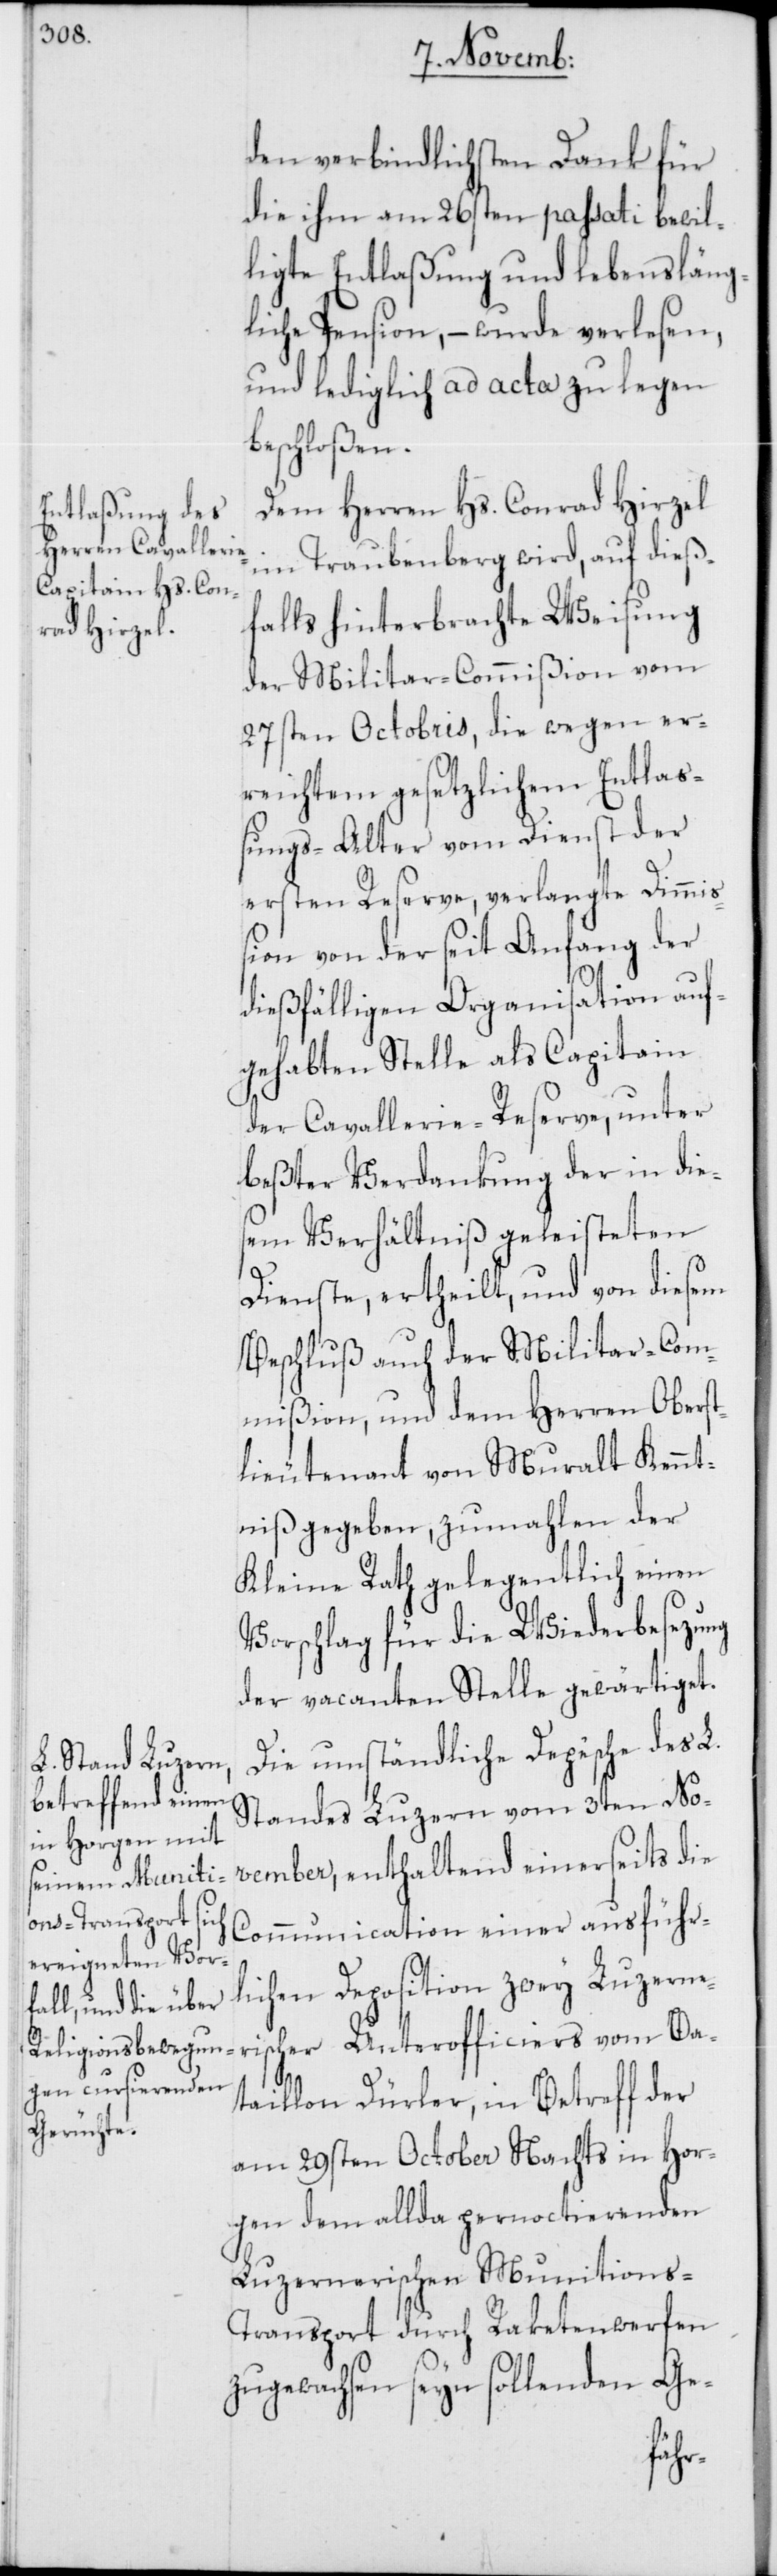
den verbindlichsten Dank für
die ihm am 26sten passati bewil¬
ligte Entlaßung und lebensläng¬
liche Pension, – wurde verlesen,
und lediglich ad acta zu legen
beschloßen.
Dem Herren Hs. Conrad Hirzel
im Traubenberg wird, auf dieß¬
falls hinterbrachte Weisung
der Militar-Commißion vom
27sten Octobris, die wegen er¬
reichtem gesetzlichem Entlaß¬
ungs-Alter vom Dienst der
ersten Reserve, verlangte Dimmiß¬
ion von der seit Anfang der
dießfälligen Organisation auf¬
gehabten Stelle als Capitain
der Cavallerie-Reserve, unter
beßter Verdankung der in die¬
sem Verhältniß geleisteten
Dienste, ertheilt, und von diesem
Beschluß auch der Militar-Com¬
mißion, und dem Herren Oberst¬
lieutenant von Muralt Kennt¬
niß gegeben, zumahlen der
Kleine Rath gelegentlich einen
Vorschlag für die Wiederbesetzung
der vacanten Stelle gewärtiget.
Die umständliche Depêche des L.
Standes Luzern vom 3ten No¬
vember, enthaltend einerseits die
Communication einer ausführ¬
lichen Deposition zwey Luzerne¬
rischer Unterofficiers vom Ba¬
taillon Dürler, in Betreff der
am 29sten October Nachts in Hor¬
gen dem allda pernoctierenden
Luzernerischen Munitions-T¬
ransport durch Raketenwerfen
zugewachsen seyn sollenden Ge-